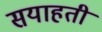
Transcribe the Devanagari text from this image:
सयाहती